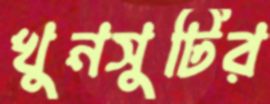
খুনসুটির